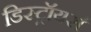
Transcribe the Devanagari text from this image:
डिस्ट्रॉयर्स